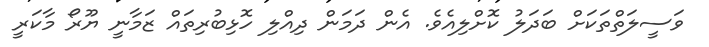
ވަސީލަތްތަކަށް ބަދަލު ކޮށްލިއެވެ. އެން ދަމަން ދިއްލި ހޮޅިބުރިތައް ޒަމާނީ ޔޫރޯ މާކަރީ